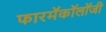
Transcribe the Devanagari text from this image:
फारमॅकॉलॉजी